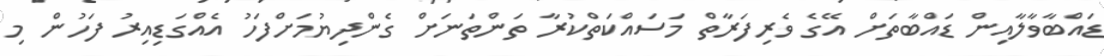
ޑައްބާވާލާއިން ޑައްބާތަށް އޭގެ ވެރިފަރާތް މަސައްކަތްކުރާ ތަންތަނަށް ގެންދިޔުމަށްފަހު އެއްގަޑިއިރު ފަހުން މި